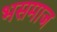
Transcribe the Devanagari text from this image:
भसमाज